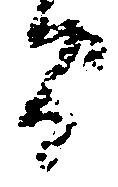
間